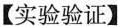
【实验验证】